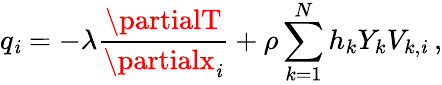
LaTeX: q_{\mathit{i}}=-\lambda\frac{{\partialT}}{{\partialx_{\mathit{i}}}}+\rho\sum_{k=1}^{N}h_{k}Y_{k}V_{k,\mathit{i}}\: ,